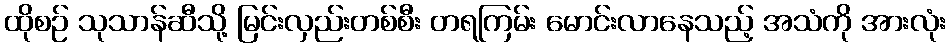
ထိုစဉ် သုသာန်ဆီသို့ မြင်းလှည်းတစ်စီး တရကြမ်း မောင်းလာနေသည့် အသံကို အားလုံး